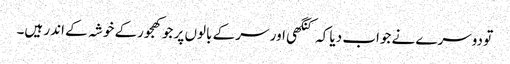
تو دوسرے نے جواب دیا کہ کنگھی اور سر کے بالوں پر جو کھجورکے خوشہ کے اندر ہیں۔